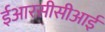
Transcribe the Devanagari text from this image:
ईआरसीसीआई